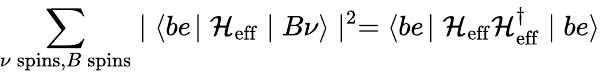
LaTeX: \sum_{\nu\: \mathrm{spins},B\: \mathrm{spins}}^{}\mid\langle be\! \mid{\cal H_{\mathrm{eff}}}\mid B\nu\rangle\mid^{2}=\langle be\! \mid{\cal H_{\mathrm{eff}}H_{\mathrm{eff}}^{\dagger}}\mid be\rangle